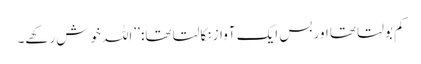
کم بولتا تھا اور بس ایک آواز نکالتا تھا: ’’اللہ خوش رکھے۔